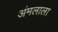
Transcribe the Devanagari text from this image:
अंमलाला